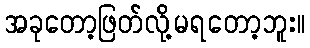
အခုတော့ဖြတ်လို့မရတော့ဘူး။